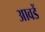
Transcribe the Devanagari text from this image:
आवडें